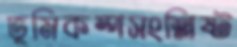
ভূমিকম্পসংশ্লিষ্ট